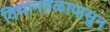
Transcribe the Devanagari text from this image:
विमानतळापासुन